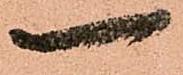
一